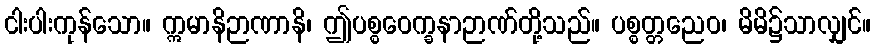
ငါးပါးကုန်သော။ ဣမာနိဉာဏာနိ၊ ဤပစ္စဝေက္ခနာဉာဏ်တို့သည်။ ပစ္စတ္တညေဝ၊ မိမိ၌သာလျှင်။